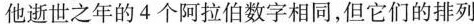
他诞生之年的4个阿拉伯数字，与表示他逝世之年的4个阿拉伯数字相同，但它们的排列